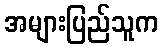
အများပြည်သူက